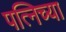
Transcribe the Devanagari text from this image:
पत्निच्या